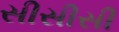
સીસીસી